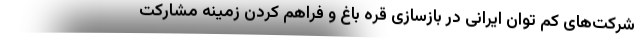
شرکت‌های کم توان ایرانی در بازسازی قره باغ و فراهم کردن زمینه مشارکت